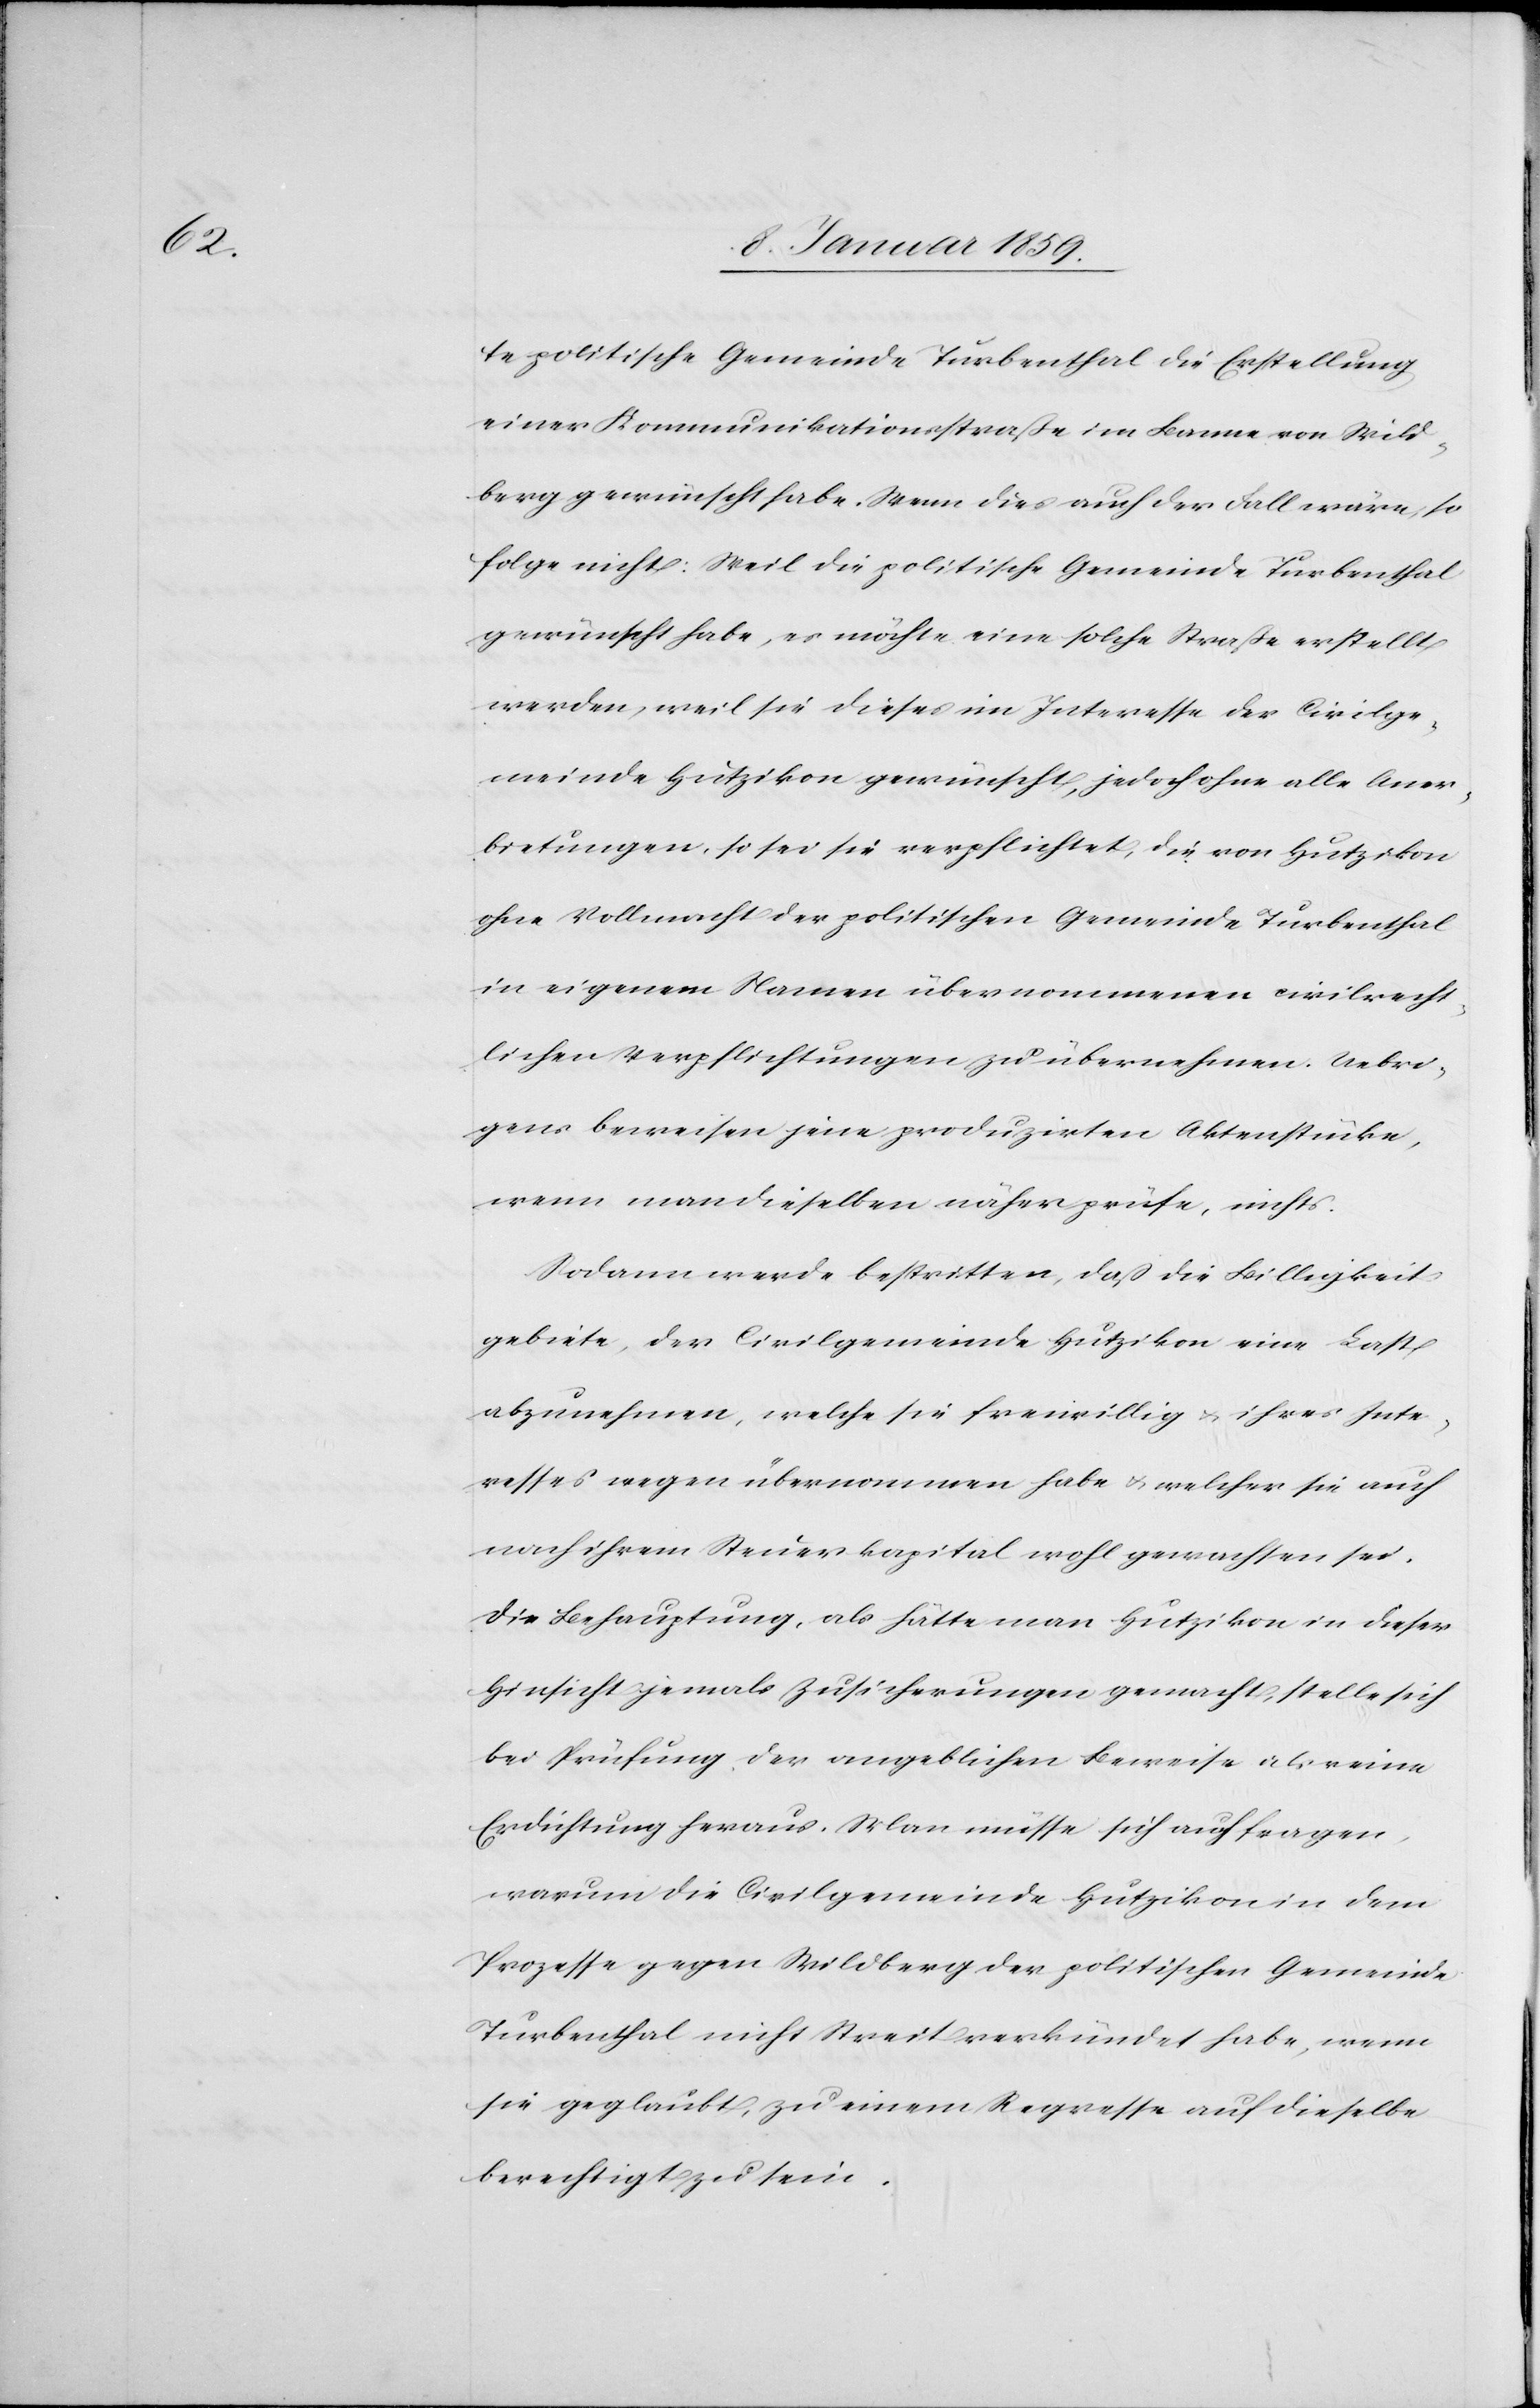
te politische Gemeinde Turbenthal die Erstellung
einer Kommunikationsstraße im Banne von Wild¬
berg gewünscht habe. Wenn dies auch der Fall wäre, so
folge nicht: Weil die politische Gemeinde Turbenthal
gewünscht habe, es möchte eine solche Straße erstellt
werden, weil sie dieses im Interesse der Civilge¬
meinde Hutzikon gewünscht, jedoch ohne alle Aner¬
bietungen, so sei sie verpflichtet, die von Hutzikon
ohne Vollmacht der politischen Gemeinde Turbenthal
in eigenem Namen übernommenen civilrecht¬
lichen Verpflichtungen zu übernehmen. Uebri¬
gens beweisen jene produzirten Aktenstücke,
wenn man dieselben näher prüfe, nichts.
Sodann werde bestritten, daß die Billigkeit
gebiete, der Civilgemeinde Hutzikon eine Last
abzunehmen, welche sie freiwillig u. ihres Inte¬
resses wegen übernommen habe u. welcher sie auch
noch ihrem Steuerkapital wohl gewachsen sei.
Die Behauptung, als hätte man Hutzikon in dieser
Hinsicht jemals Zusicherungen gemacht, stelle sich
bei Prüfung der angeblichen Beweise als reine
Erdichtung heraus. Man müsse sich auch fragen,
warum die Civilgemeinde Hutzikon in dem
Prozesse gegen Wildberg der politischen Gemeinde
Turbenthal nicht Streit verkündet habe, wenn
sie geglaubt, zu einem Regresse auf dieselbe
berechtigt zu sein.